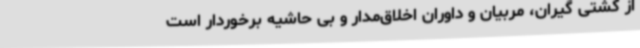
از کشتی گیران، مربیان و داوران اخلاق‌مدار و بی حاشیه برخوردار است